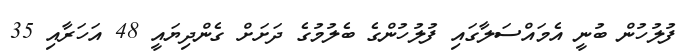
ފުލުހުން ބުނީ އެމައްސަލާގައި ފުލުހުންގެ ބެލުމުގެ ދަށަށް ގެންދިޔައީ 48 އަހަރާއި 35